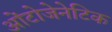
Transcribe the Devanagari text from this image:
ओंटोजेनेटिक